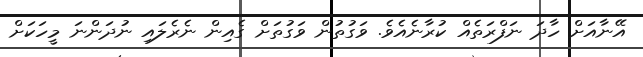
އޭނާއަށް ހާދަ ނަފްރަތެއް ކުރާނެއެވެ. ވަގުތުން ވަގުތަށް ގެއިން ނެރެލައި ނުދަންނަ މީހަކަށް